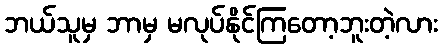
ဘယ်သူမှ ဘာမှ မလုပ်နိုင်ကြတော့ဘူးတဲ့လား